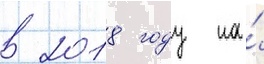
в 2018 году на́